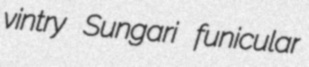
vintry Sungari funicular